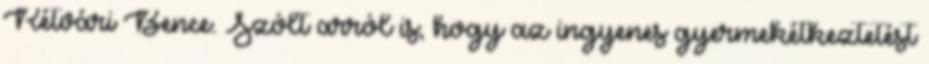
Rétvári Bence. Szólt arról is, hogy az ingyenes gyermekétkeztetést